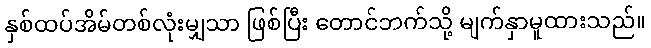
နှစ်ထပ်အိမ်တစ်လုံးမျှသာ ဖြစ်ပြီး တောင်ဘက်သို့ မျက်နှာမူထားသည်။